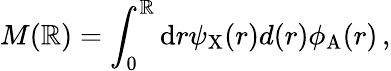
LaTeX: M(\mathbb{R})=\int_{0}^{\mathbb{R}}\mathrm{{d}}r\psi_{\mathrm{{X}}}(r)d(r)\phi_{\mathrm{{A}}}(r)\, ,